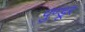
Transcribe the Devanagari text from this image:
पुण्डूर